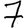
Digit: 7